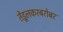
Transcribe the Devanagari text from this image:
तेंडूलकरबरोबर